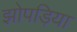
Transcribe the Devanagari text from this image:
झोपड़िया